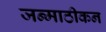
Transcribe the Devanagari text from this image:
जन्माठीकन